Indian journal of veterinary science and animal husbandry - Volume 10,
Year: 1940
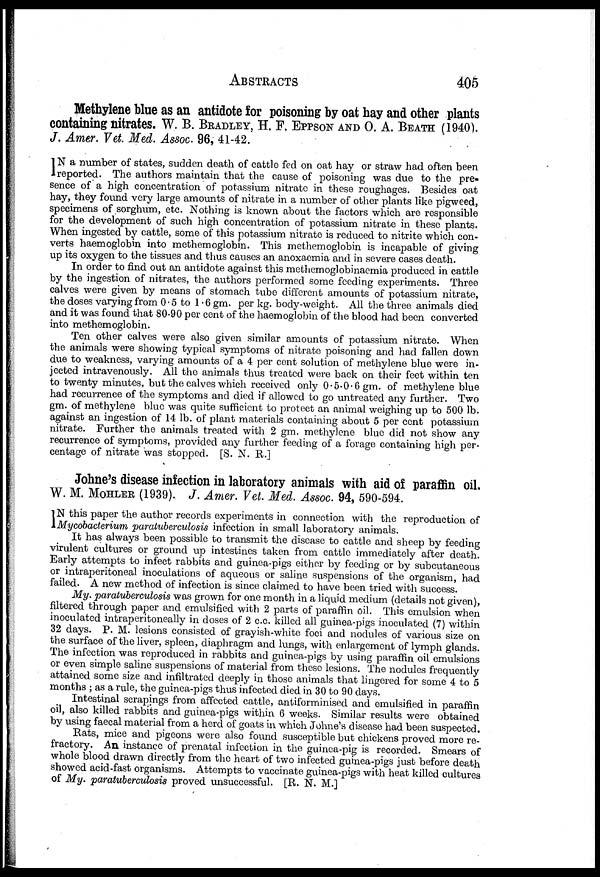
ABSTRACTS 405
Methylene blue as an antidote for poisoning by oat hay and other plants
containing nitrates. W. B. BRADLEY, H. F. EPPSON AND O. A. BEATH (1940).
J. Amer. Vet Med. Assoc. 96, 41-42.
I N a number of states, sudden death of cattle fed on oat hay or straw had often been
reported. The authors maintain that the cause of poisoning was due to the pre¬
sence of a high concentration of potassium nitrate in these roughages. Besides oat
hay, they found very large amounts of nitrate in a number of other plants like pigweed,
specimens of sorghum, etc. Nothing is known about the factors which are responsible
for the development of such high concentration of potassium nitrate in these plants.
When ingested by cattle, some of this potassium nitrate is reduced to nitrite which con-
verts haemoglobin into methemoglobin. This methemoglobin is incapable of giving
up its oxygen to the tissues and thus causes an anoxaemia and in severe cases death.
In order to find out an antidote against this methemoglobinaemia produced in cattle
by the ingestion of nitrates, the authors performed some feeding experiments. Three
calves were given by means of stomach tube different amounts of potassium nitrate,
the doses varying from 0.5 to 1.6 gm. per kg. body-weight. All the three animals died
and it was found that 80-90 per cent of the haemoglobin of the blood had been converted
into methemoglobin.
Ten other calves were also given similar amounts of potassium nitrate. When
the animals were showing typical symptoms of nitrate poisoning and had fallen down
due to weakness, varying amounts of a 4 per cent solution of methylene blue were in-
jected intravenously. All the animals thus treated were back on their feet within ten
to twenty minutes, but the calves which received only 0.5-0.6 gm. of methylene blue
had recurrence of the symptoms and died if allowed to go untreated any further. Two
gm. of methylene blue was quite sufficient to protect an animal weighing up to 500 lb.
against an ingestion of 14 lb. of plant materials containing about 5 per cent potassium
nitrate. Further the animals treated with 2 gm. methylene blue did not show any
recurrence of symptoms, provided any further feeding of a forage containing high per-
centage of nitrate was stopped. [S. N. R.]
Johne's disease infection in laboratory animals with aid of paraffin oil.
W. M. MOHLER (1939). J. Amer. Vet. Med. Assoc. 94, 590-594.
I N this paper the author records experiments in connection with the reproduction of
Mycobacterium paratuberculosis infection in small laboratory animals.
It has always been possible to transmit the disease to cattle and sheep by feeding
virulent cultures or ground up intestines taken from cattle immediately after death.
Early attempts to infect rabbits and guinea-pigs either by feeding or by subcutaneous
or intraperitoneal inoculations of aqueous or saline suspensions of the organism, had
failed. A new method of infection is since claimed to have been tried with success.
My. paratuberculosis was grown for one month in a liquid medium (details not given),
filtered through paper and emulsified with 2 parts of paraffin oil. This emulsion when
inoculated intraperitoneally in doses of 2 c.c. killed all guinea-pigs inoculated (7) within
32 days. P. M. lesions consisted of grayish-white foci and nodules of various size on
the surface of the liver, spleen, diaphragm and lungs, with enlargement of lymph glands.
The infection was reproduced in rabbits and guinea-pigs by using paraffin oil emulsions
or even simple saline suspensions of material from these lesions. The nodules frequently
attained some size and infiltrated deeply in those animals that lingered for some 4 to 5
months ; as a rule, the guinea-pigs thus infected died in 30 to 90 days.
Intestinal scrapings from affected cattle, antiforminised and emulsified in paraffin
oil, also killed rabbits and guinea-pigs within 6 weeks. Similar results were obtained
by using faecal material from a herd of goats in which Johne's disease had been suspected.
Rats, mice and pigeons were also found susceptible but chickens proved more re-
fractory. An instance of prenatal infection in the guinea-pig is recorded. Smears of
whole blood drawn directly from the heart of two infected guinea-pigs just before death
showed acid-fast organisms. Attempts to vaccinate guinea-pigs with heat killed cultures
of My. paratuberculosis proved unsuccessful. [R. N. M.]